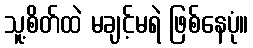
သူ့စိတ်ထဲ မချင့်မရဲ ဖြစ်နေပုံ။